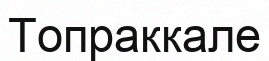
Топраккале